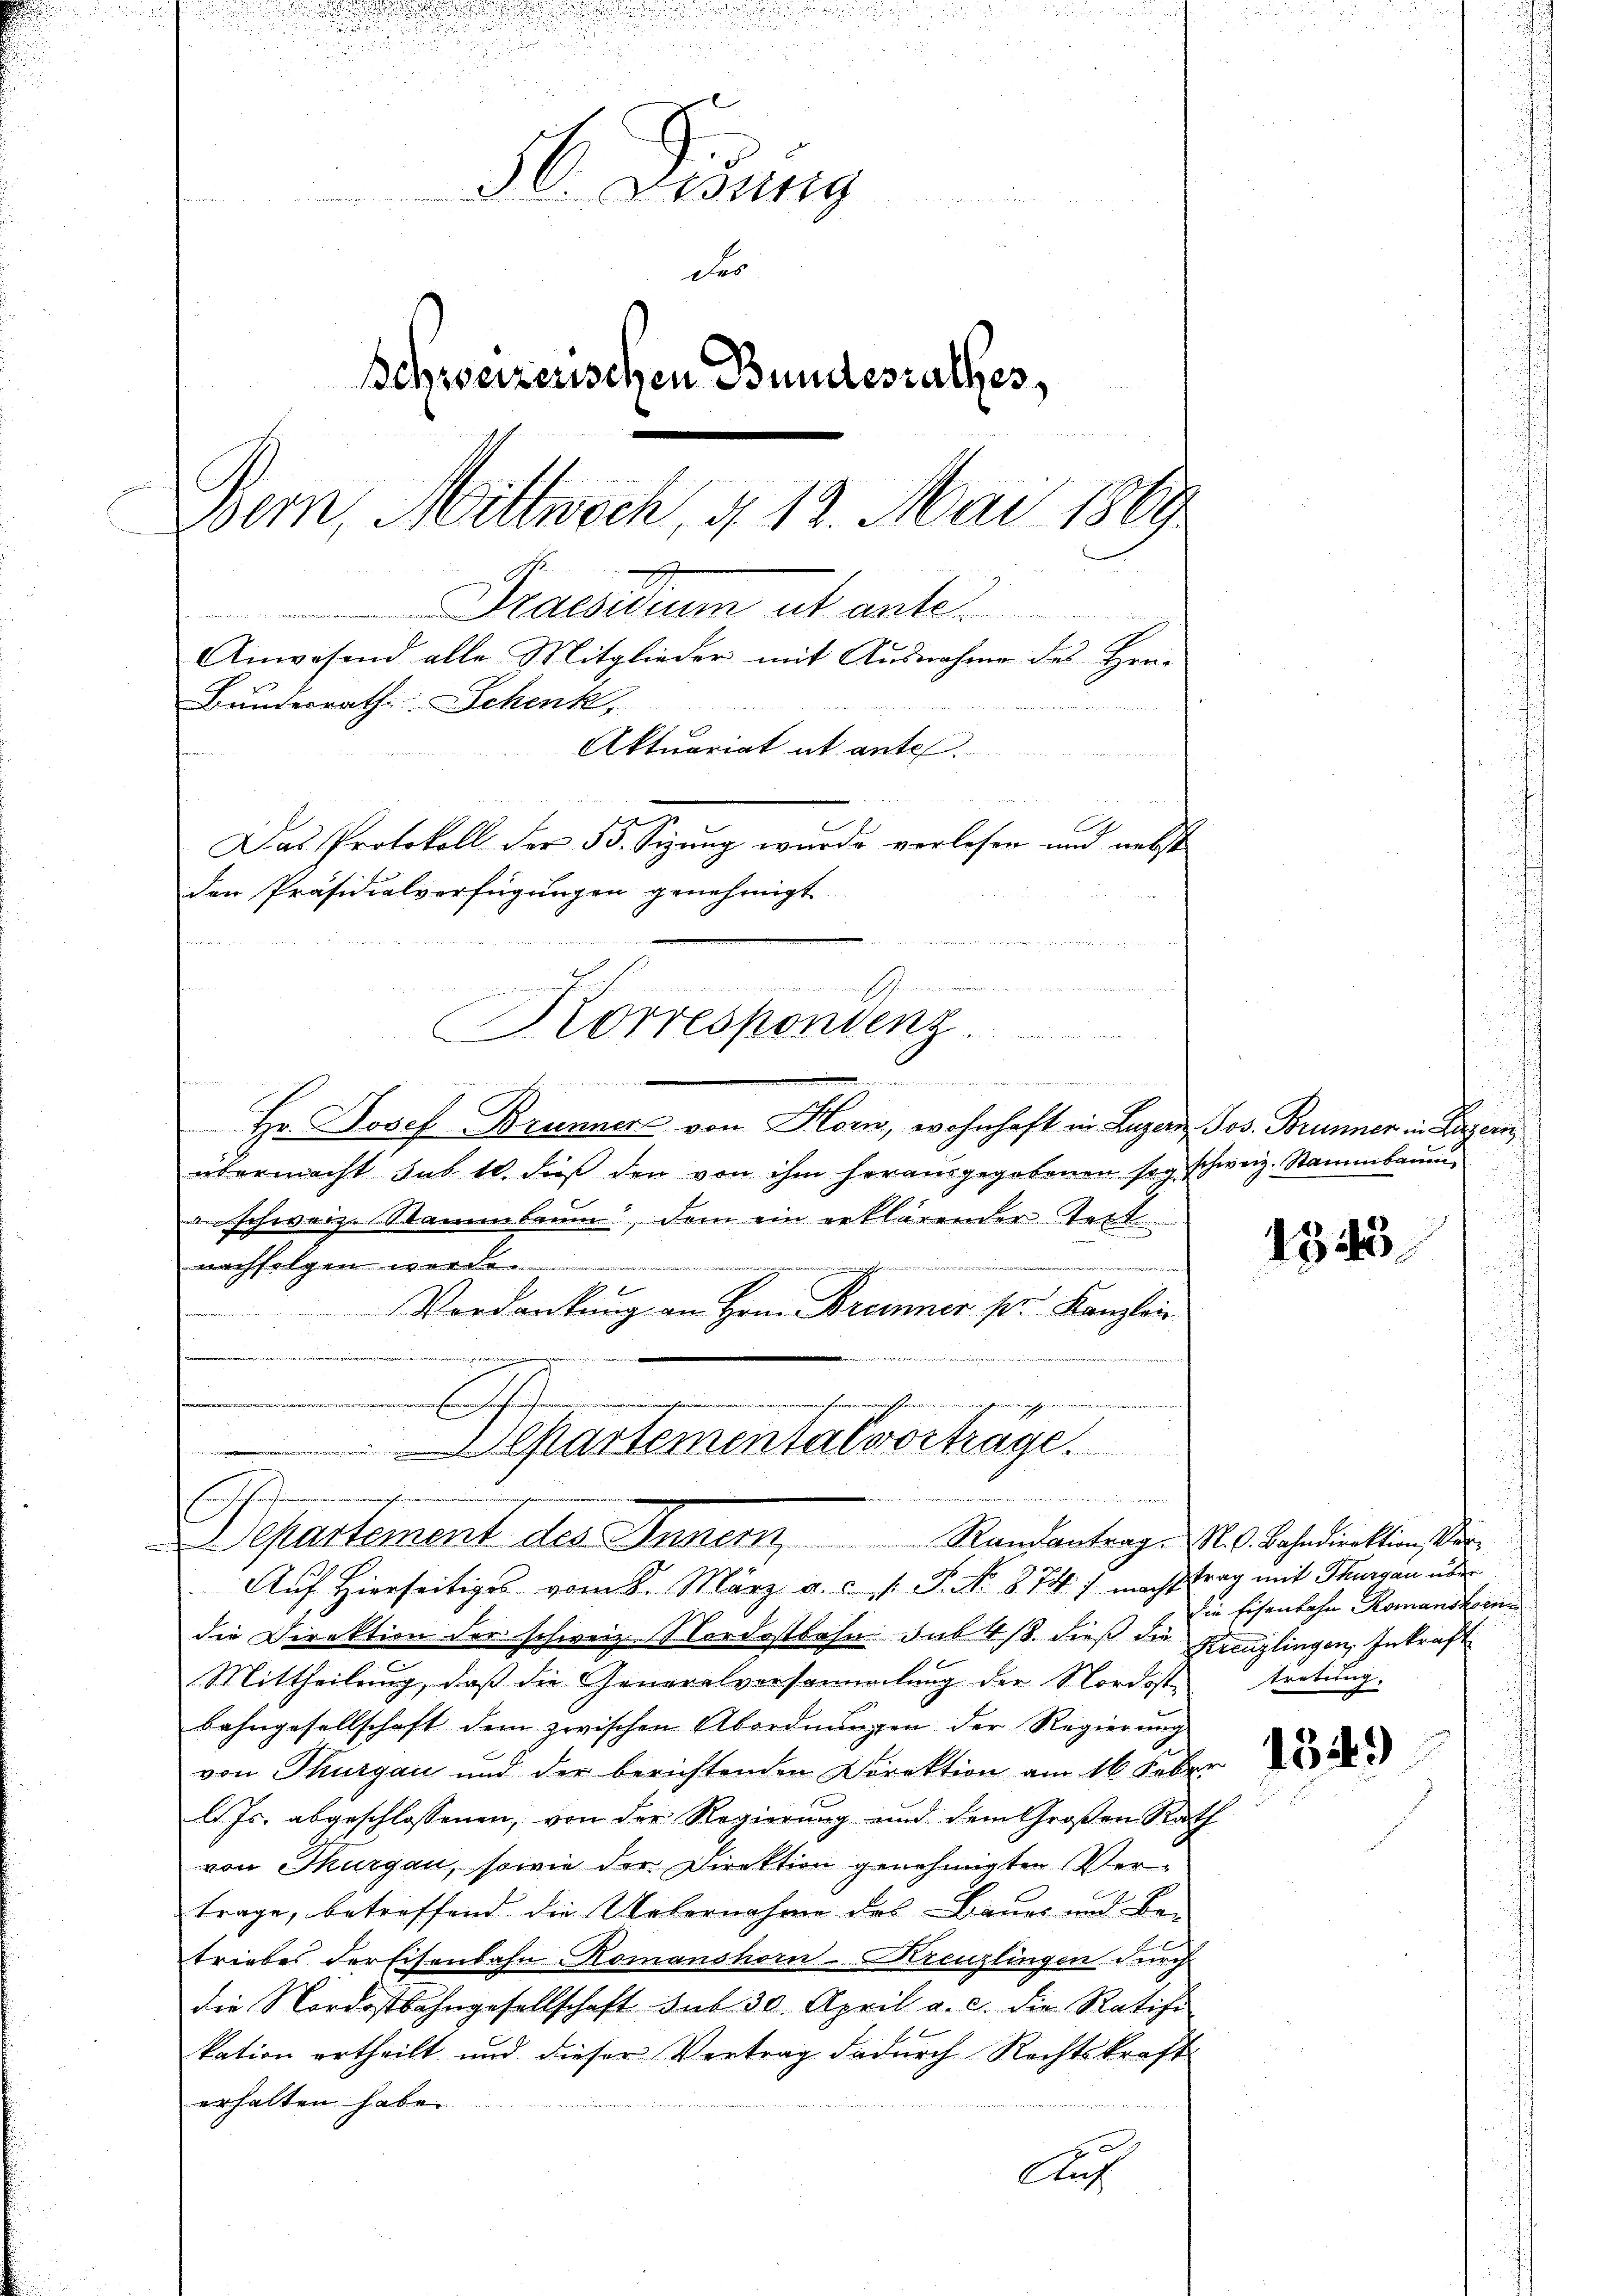
e

heit

.

2
r
e
.
H Didung
  in Be
der
Schweizerischen Bundesrathes,
1
Bern, Mittwoch, § 12. Mai 1869
A
Draesidium ut ante
Anwesend alle Mitglieder mit Ausnahme des Her-
Bunderrath Schenk,
d
Aktuariat et ante.
s
Das Protokoll der 55. Sizung wurde verlesen und nebst
den Präsidialverfügungen genehmigt.
S
Korrespondenz
u

Hr. Josef Brunner von Horn, wohnhaft in Luzern Jos. Brunner in Payern
übermacht sub 10. dieβ den von ihm herausgegebenen sog. schweiz. Stammbaŭm
in schweiz. Stammbaum, dem ein erklärender Seit
nachfolgen werde.

en einreich
Verdankung an Hrn. Brenner pr. Kanzlei
u. Ge
A

Cartemental vortrage.
e
Bennen
Departement des Innern Randantrag. Al. 3. Bahndirektion der
2.
Auf Hierseitiges vom 8. März a.c. s. S. No. 874. ) machtrag mit Thurgau über

die Direktion der schweiz. Nordostbahn sub 4/8. dieß die Kreuzlingen, Inkraft
Mittheilung, daß die Generalversammlung der Nordost tretung.
bahngesellschaft dem zwischen Abordnungen der Regierung
von Thurgau und der berichtenden Direktion am 16. Feber
l. Js. abgeschlossenen, von der Regierung und dem Großen Rath
von Thurgau, sowie der Direktion genehmigten Vertrage, betreffend die Uebernahme des Bauer und Be-
triebes der Eisenbahn Romanshorn-Kreuzlingen durch
die Nordostbahngesellschaft sub 30. April a. c. die Ratifi
kation ertheilt und dieser Vertrag dadurch Rechtskraft
erhalten habe.
0
Auf

1343

die Eisenbahn Romanshornn

134.)